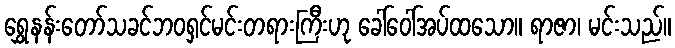
ရွှေနန်းတော်သခင်ဘဝရှင်မင်းတရားကြီးဟု ခေါ်ဝေါ်အပ်ထသော။ ရာဇာ၊ မင်းသည်။